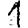
Digit: 1